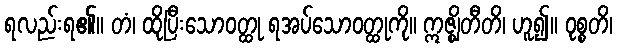
ရလည်းရ၏။ တံ၊ ထိုပြီးသောဝတ္ထု ရအပ်သောဝတ္ထုကို။ ဣဇ္ဈိတီတိ၊ ဟူ၍။ ဝုစ္စတိ၊